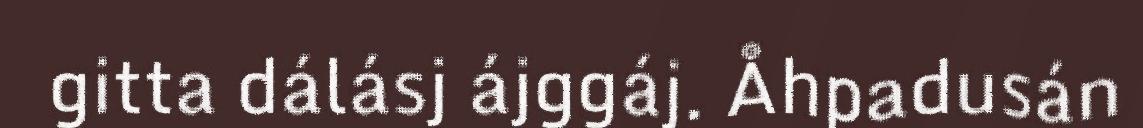
gitta dálásj ájggáj. Åhpadusán